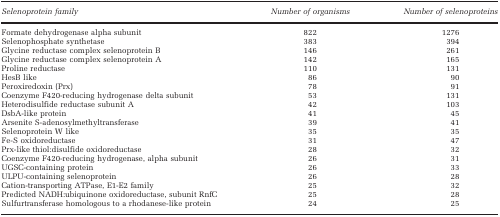
<table><thead><tr><td><b><i>Selenoprotein family</i></b></td><td><b><i>Number of organisms</i></b></td><td><b><i>Number of selenoproteins</i></b></td></tr></thead><tbody><tr><td>Formate dehydrogenase alpha subunit</td><td>822</td><td>1276</td></tr><tr><td>Selenophosphate synthetase</td><td>383</td><td>394</td></tr><tr><td>Glycine reductase complex selenoprotein B</td><td>146</td><td>261</td></tr><tr><td>Glycine reductase complex selenoprotein A</td><td>142</td><td>165</td></tr><tr><td>Proline reductase</td><td>110</td><td>131</td></tr><tr><td>HesB like</td><td>86</td><td>90</td></tr><tr><td>Peroxiredoxin (Prx)</td><td>78</td><td>91</td></tr><tr><td>Coenzyme F420-reducing hydrogenase delta subunit</td><td>53</td><td>131</td></tr><tr><td>Heterodisulfide reductase subunit A</td><td>42</td><td>103</td></tr><tr><td>DsbA-like protein</td><td>41</td><td>45</td></tr><tr><td>Arsenite S-adenosylmethyltransferase</td><td>39</td><td>41</td></tr><tr><td>Selenoprotein W like</td><td>35</td><td>35</td></tr><tr><td>Fe-S oxidoreductase</td><td>31</td><td>47</td></tr><tr><td>Prx-like thiol:disulfide oxidoreductase</td><td>28</td><td>32</td></tr><tr><td>Coenzyme F420-reducing hydrogenase, alpha subunit</td><td>26</td><td>31</td></tr><tr><td>UGSC-containing protein</td><td>26</td><td>33</td></tr><tr><td>ULPU-containing selenoprotein</td><td>26</td><td>28</td></tr><tr><td>Cation-transporting ATPase, E1-E2 family</td><td>25</td><td>32</td></tr><tr><td>Predicted NADH:ubiquinone oxidoreductase, subunit RnfC</td><td>25</td><td>28</td></tr><tr><td>Sulfurtransferase homologous to a rhodanese-like protein</td><td>24</td><td>25</td></tr></tbody></table>